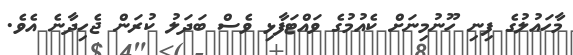
މާހައުލުގެ ފިނި ހޫނުމިނަށް ކެއުމުގެ ވައްޓަފާޅި ވެސް ބަދަލު ކުރަން ޖެހިދާނެ އެވެ.